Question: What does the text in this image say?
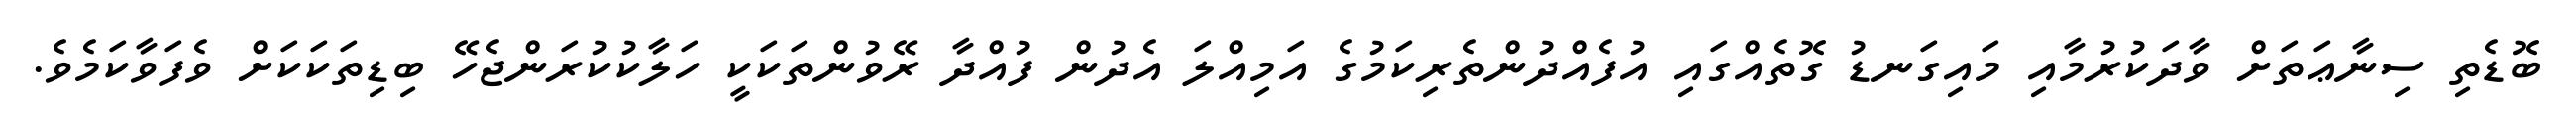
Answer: ބޮޑެތި ސިނާޢަތަށް ވާދަކުރުމާއި މައިގަނޑު ގޮތެއްގައި އުފެއްދުންތެރިކަމުގެ އަމިއްލަ އެދުން ފުއްދާ ރޭވުންތަކަކީ ހަލާކުކުރަންޖެހޭ ބިޑިތަކަކަށް ވެފަވާކަމެވެ.